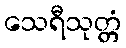
သေရီသုတ္တံ